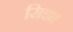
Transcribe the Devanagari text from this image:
सिझा